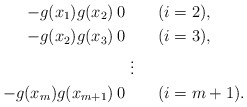
\begin{align*}-g(x_1)g(x_2)&\>0\qquad(i=2),\\-g(x_2)g(x_3)&\>0\qquad(i=3),\\&\quad\vdots\\-g(x_m)g(x_{m+1})&\>0\qquad(i=m+1).\end{align*}